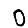
Digit: 0